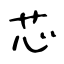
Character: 芯